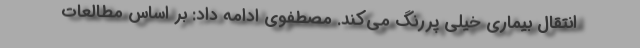
انتقال بیماری خیلی پررنگ می‌کند. مصطفوی ادامه داد: بر اساس مطالعات